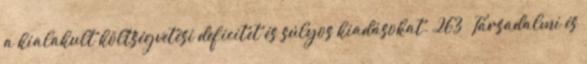
a kialakult költségvetési deficitet és súlyos kiadásokat. 263 Társadalmi és